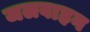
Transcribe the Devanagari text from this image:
जलवाहन